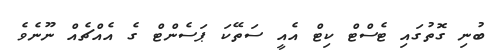
ބުނި ގޮތުގައި ޓެސްޓް ކިޓް އެއީ ސަތޭކަ ޕަސެންޓް ގެ އެއްޗެއް ނޫނެވެ